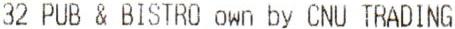
32 PUB & BISTRO OWN BY CNU TRADING